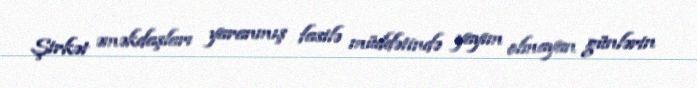
Şirkət əməkdaşları yaranmış fasilə müddətində yayım olmayan günlərin